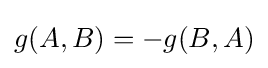
g(A,B)=-g(B,A)